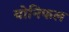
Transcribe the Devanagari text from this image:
योनिफल